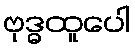
ဗုဒ္ဓထူပေါ